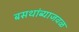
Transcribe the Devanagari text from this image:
बसथांब्याजवळ